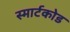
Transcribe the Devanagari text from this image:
स्मार्टकोड